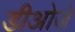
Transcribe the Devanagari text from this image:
डीओजे